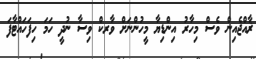
ޜާއްޖެއިން ވެސް މިހާރު އިންޑިޔާ މީހުންނަށް ވާރކް ވިސާ ނުދީ ހަމަ ހިފަހައްޓާފަ